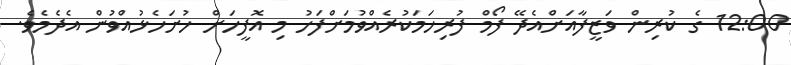
12:00 ގެ ކުރިން ވަޒީފާއަށްއެދޭ ފޯމް ފުރިހަމަކުރެއްވުމަށްފަހު މި އޮފީހަށް ހުށަހެޅުއްވުން އެދެމެވެ.